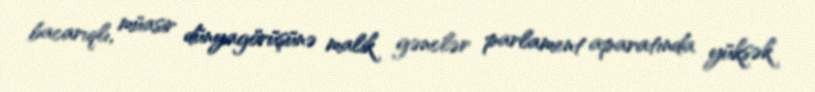
bacarıqlı, müasir dünyagörüşünə malik gənclər parlament aparatında yüksək